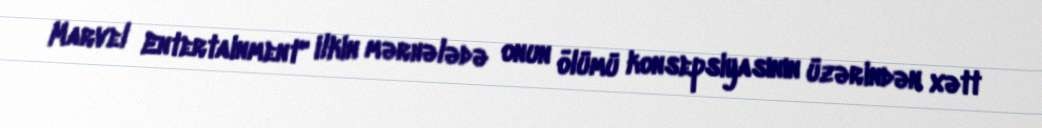
Marvel Entertainment" ilkin mərhələdə onun ölümü konsepsiyasının üzərindən xətt